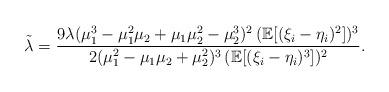
LaTeX: \begin{align*} \tilde\lambda=\frac{9\lambda (\mu_1^3-\mu_1^2\mu_2+\mu_1\mu_2^2-\mu_2^3 )^2\, (\mathbb E [(\xi_i-\eta_i)^2 ] )^3}{2 (\mu_1^2-\mu_1\mu_2+\mu_2^2 )^3\, (\mathbb E [(\xi_i-\eta_i)^3 ] )^2}.\end{align*}